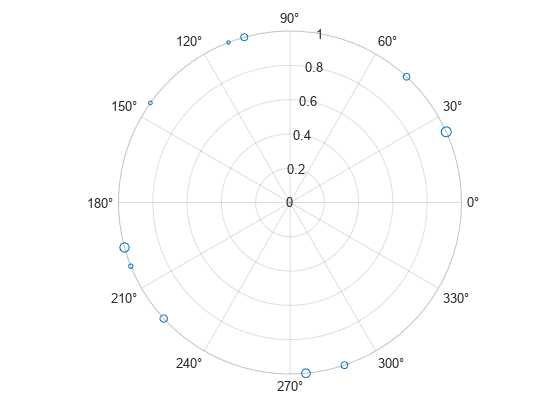
matlab, figure, polarscatter